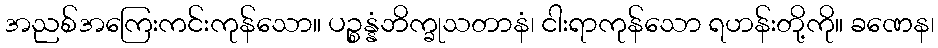
အညစ်အကြေးကင်းကုန်သော။ ပဉ္စန္နံဘိက္ခုသတာနံ၊ ငါးရာကုန်သော ရဟန်းတို့ကို။ ခဏေန၊